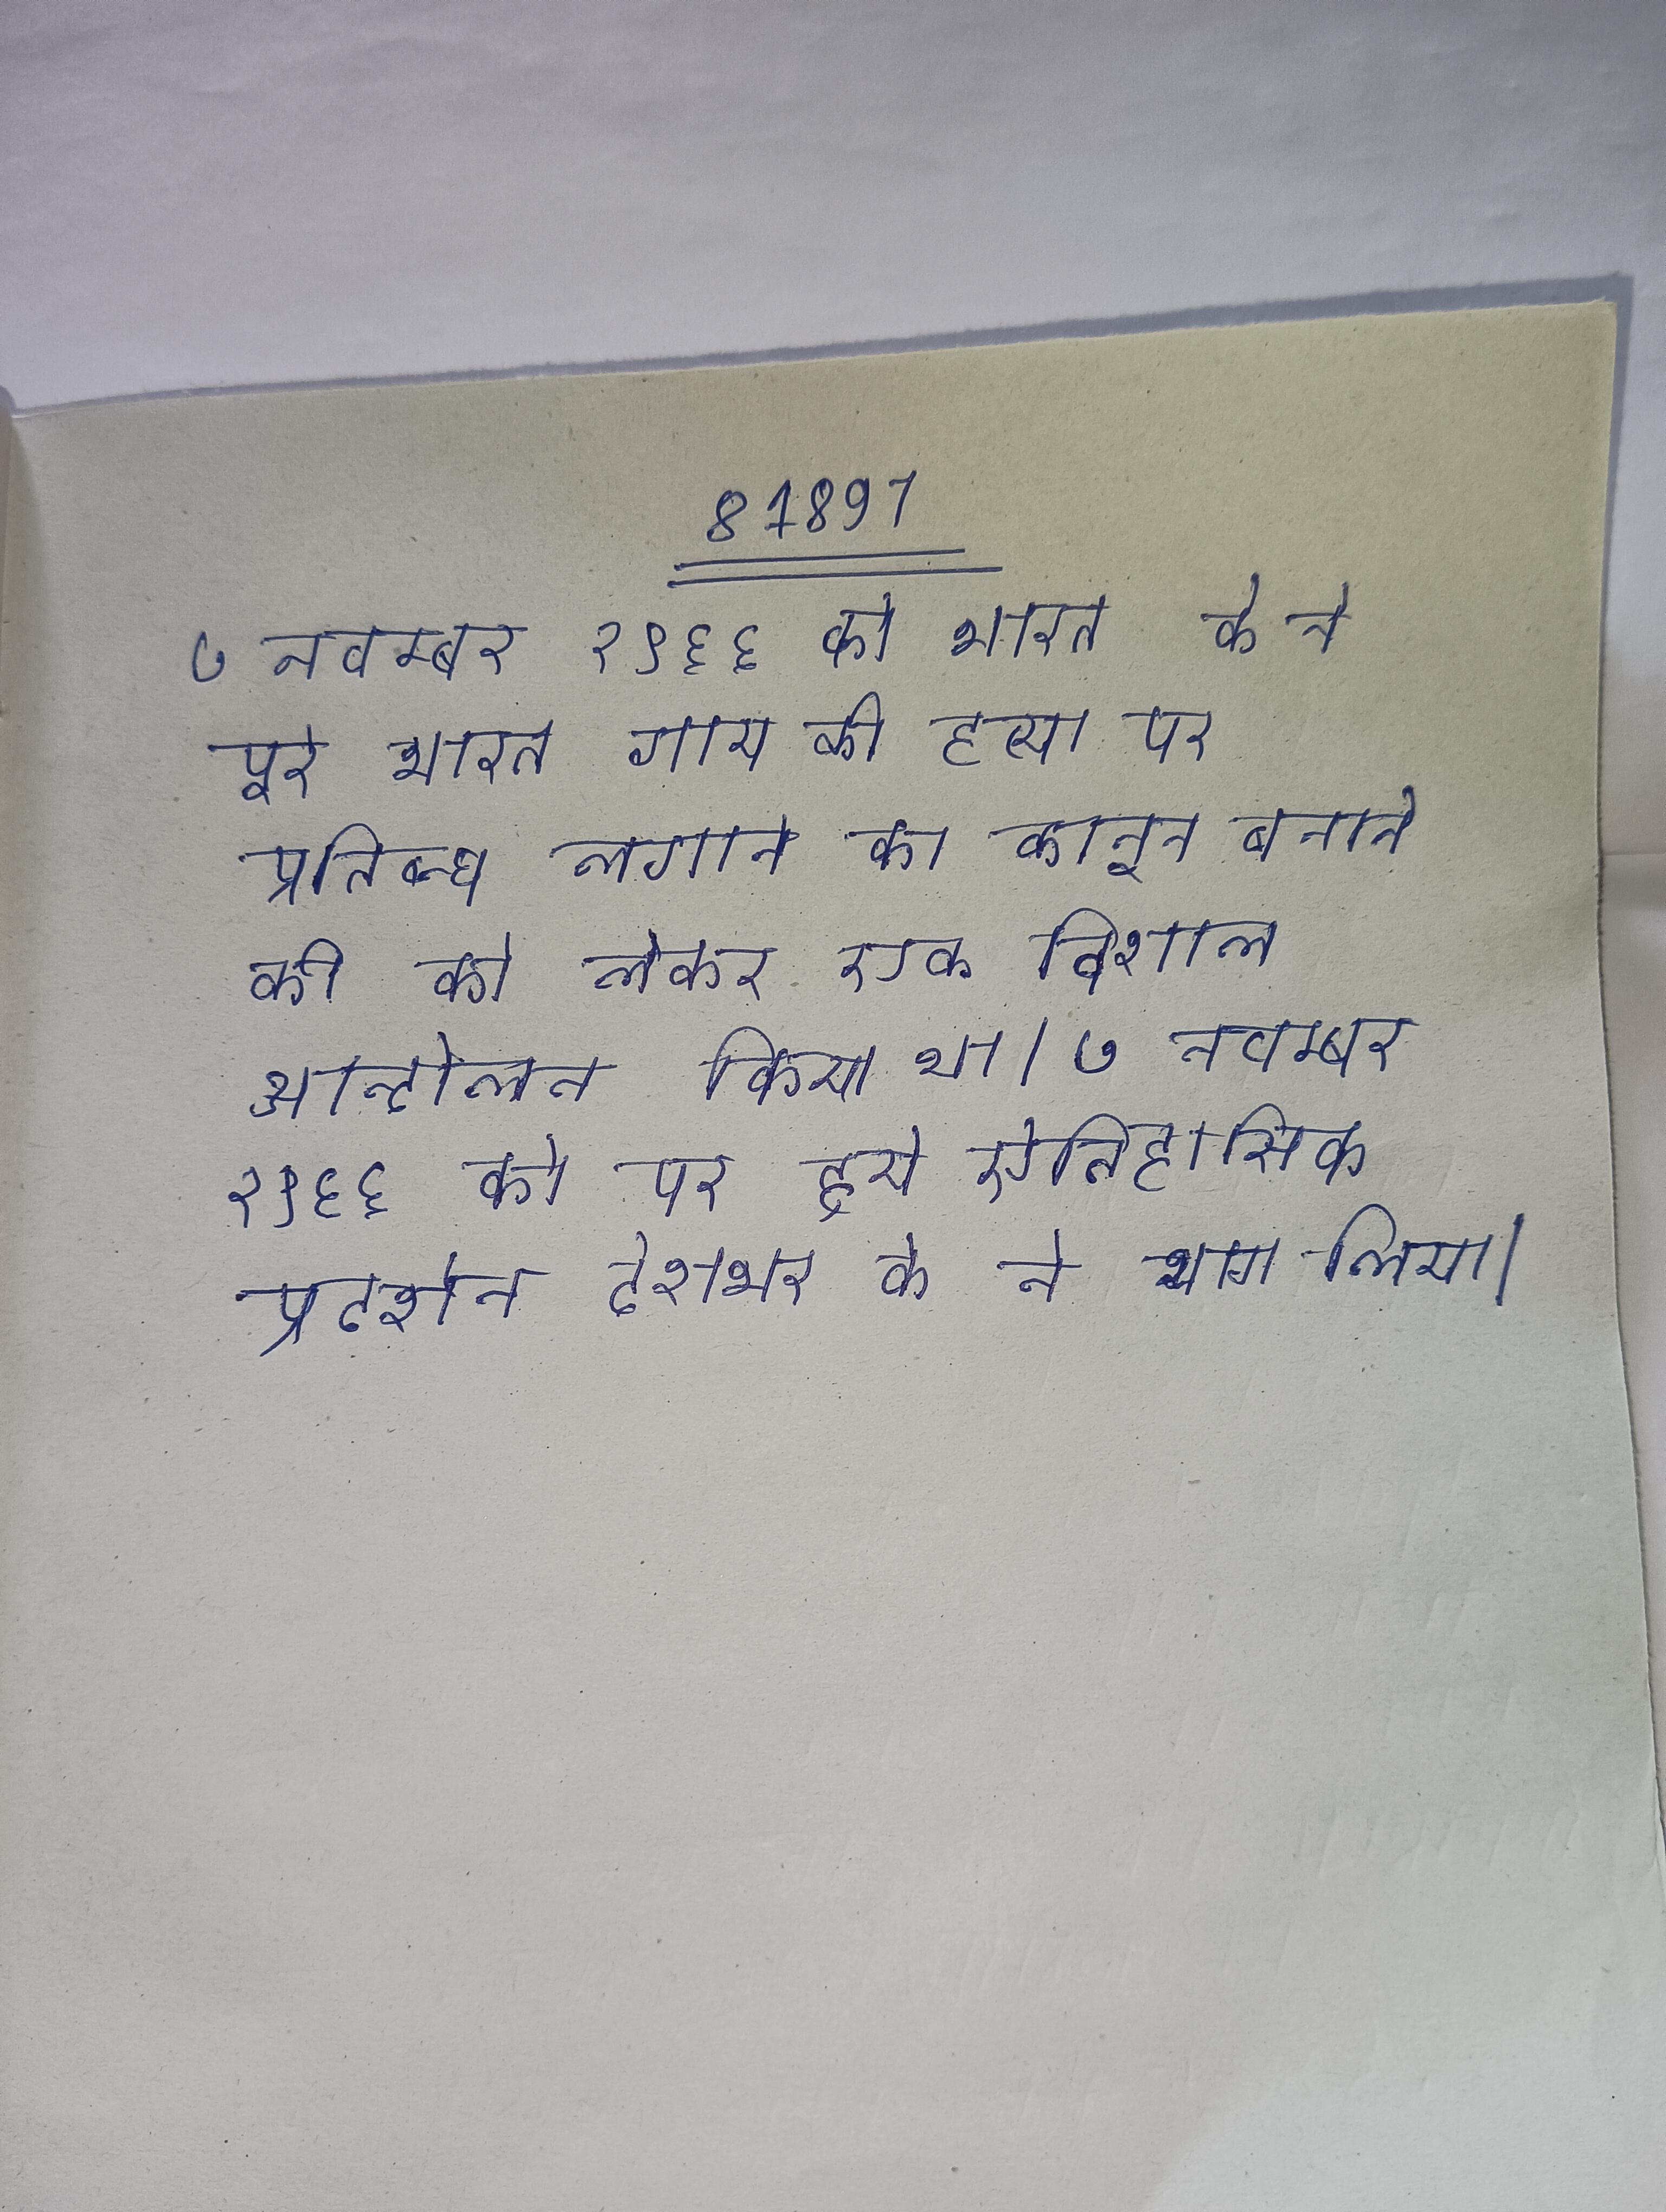
७ नवम्बर १९६६ को भारत के ने पूरे भारत गाय की हत्या पर प्रतिबन्ध लगाने का कानून बनाने की को लेकर एक विशाल आन्दोलन किया था । ७ नवम्बर १९६६ को पर हुये ऐतिहासिक प्रदर्शन देशभर के ने भाग लिया ।